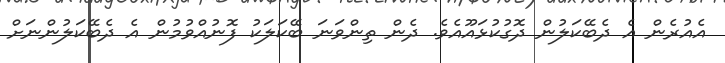
އެއުރެން އެ ދެބޭކަލުން ދޮގުކުޅައޫއެވެ. ދެން ތިންވަނަ ބޭކަލަކު ފޮނުއްވުމުން އެ ދެބޭކަލުންނަށް